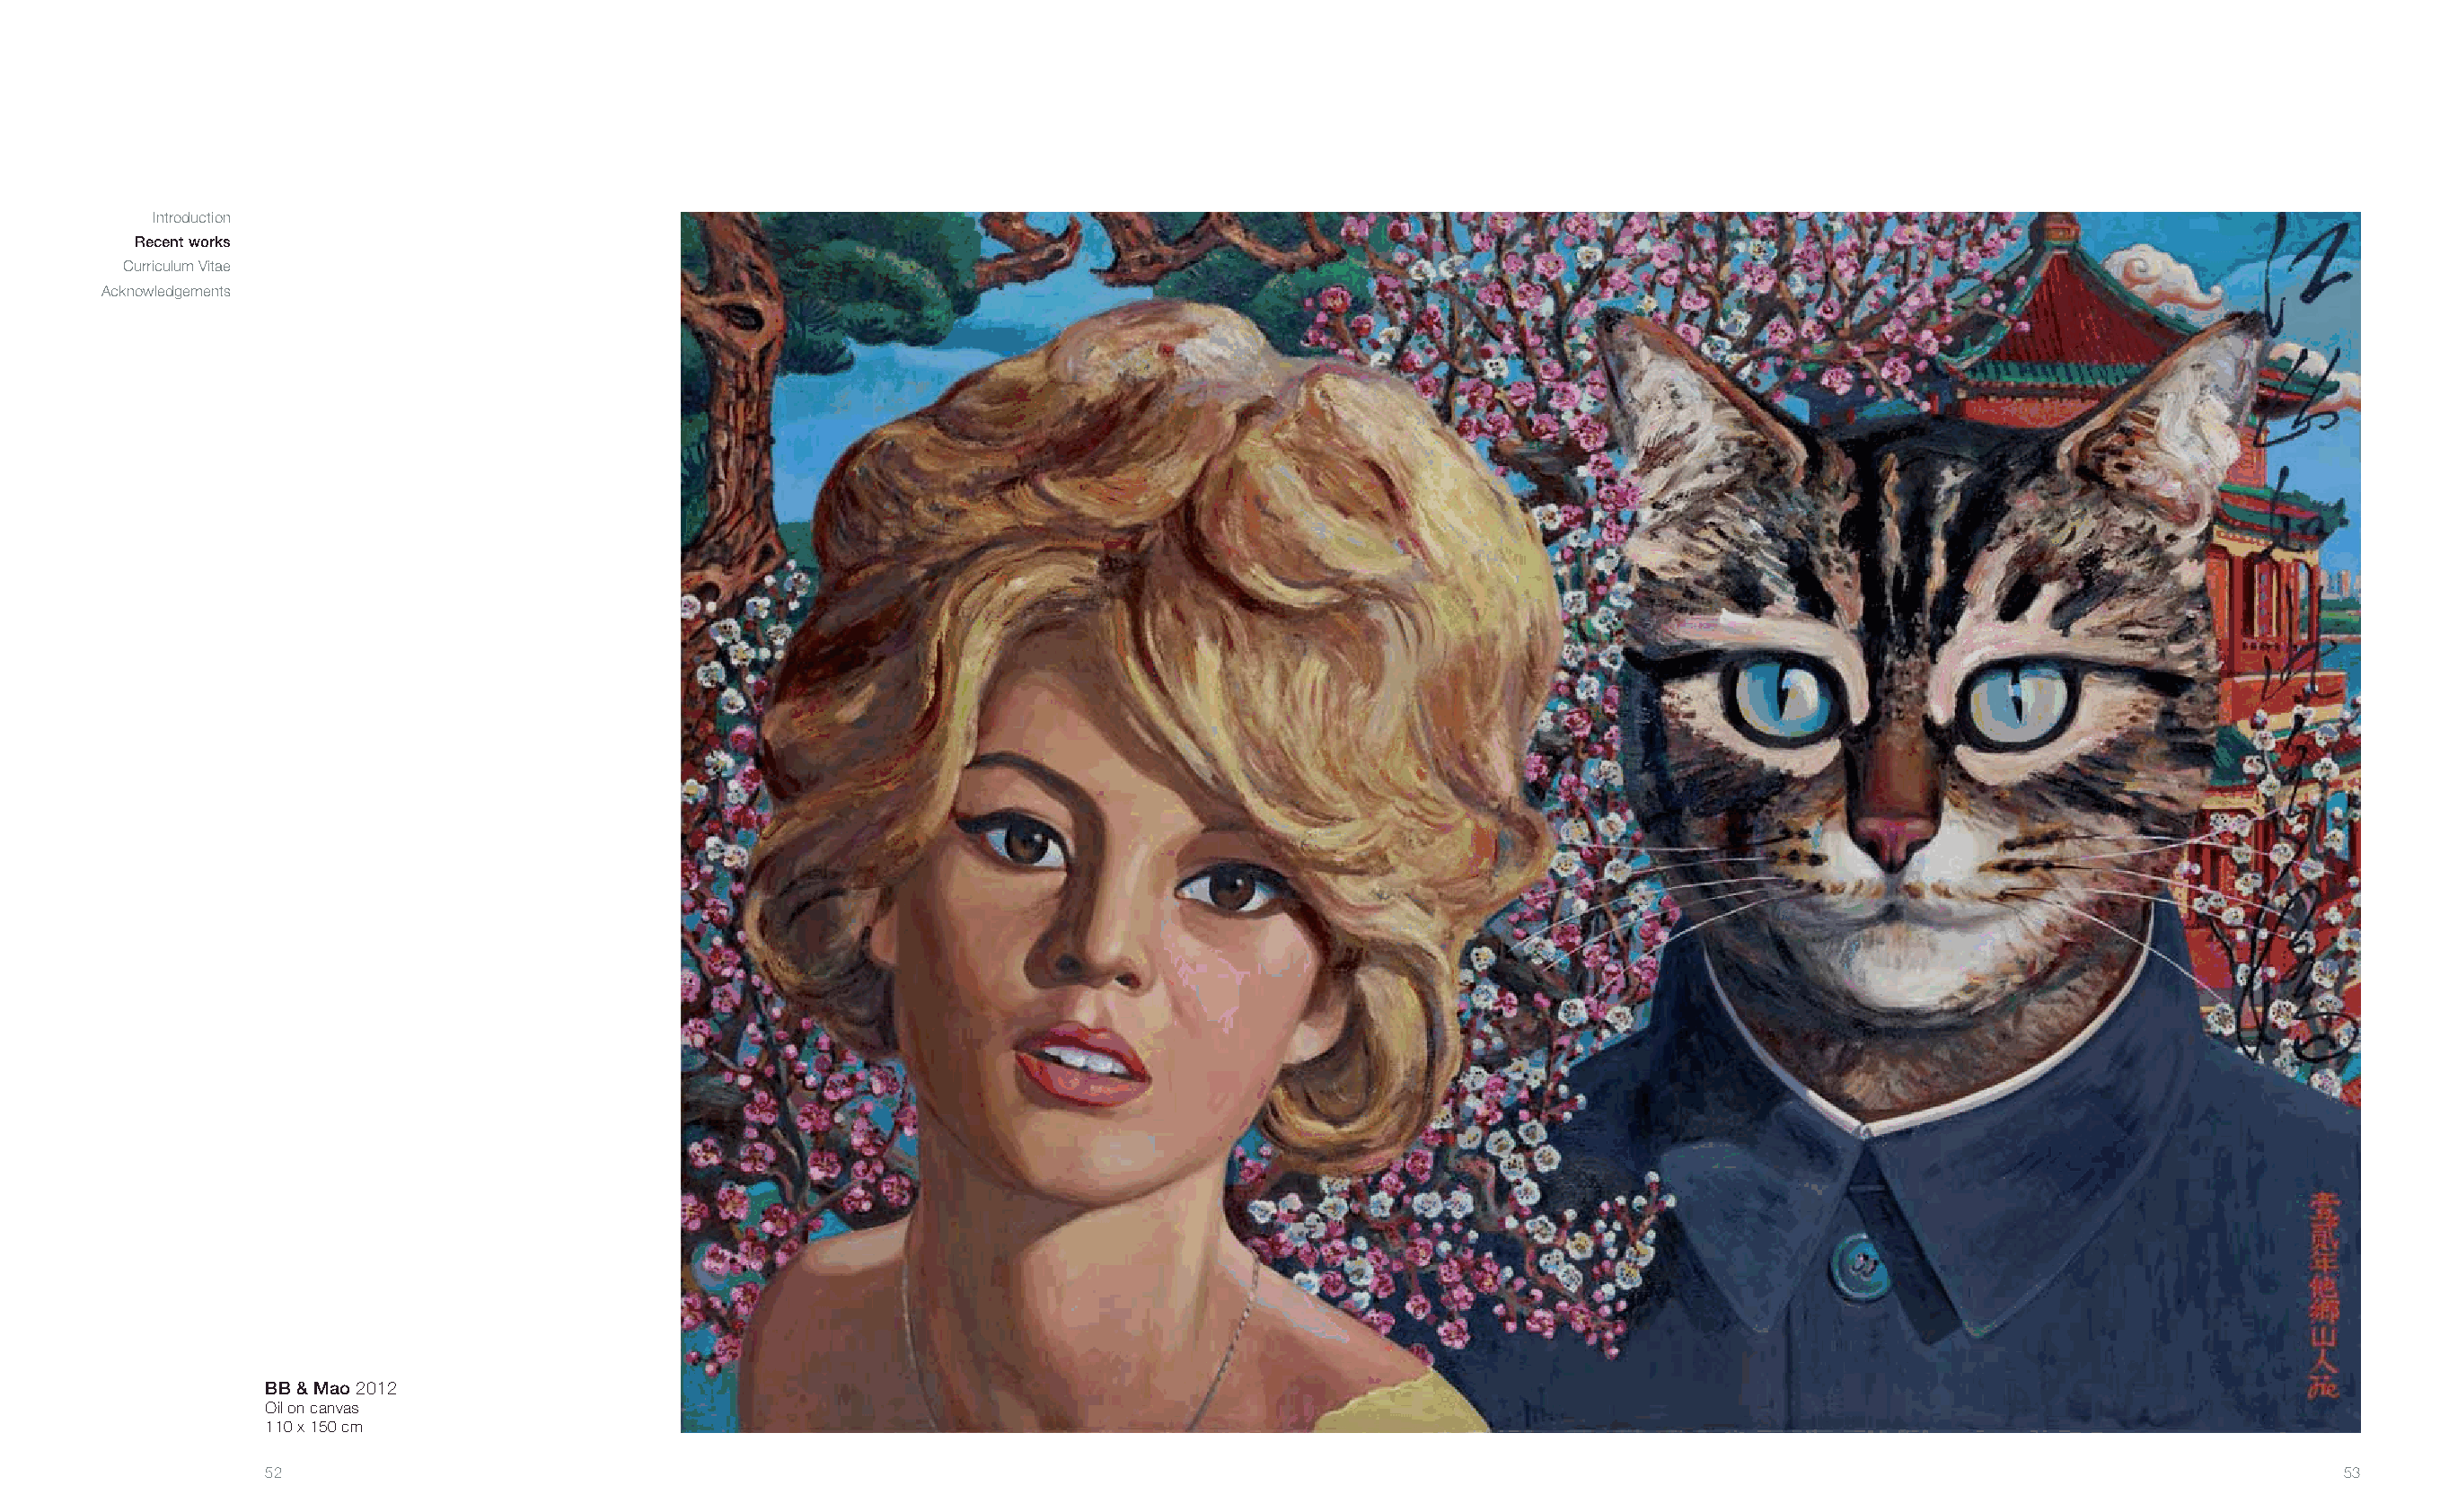
Introduction
 Recent works
 Curriculum Vitae
 Acknowledgements
 BB & Mao 2012
 Oil on canvas
 110 x 150 cm
 52                                                                                                                                                       53